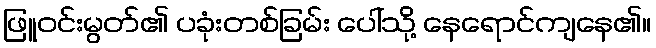
ဖြူဝင်းမွတ်၏ ပခုံးတစ်ခြမ်း ပေါ်သို့ နေရောင်ကျနေ၏။